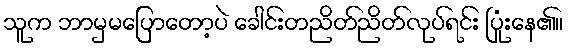
သူက ဘာမှမပြောတော့ပဲ ခေါင်းတညိတ်ညိတ်လုပ်ရင်း ပြုံးနေ၏။